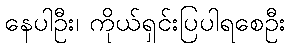
နေပါဦး၊ ကိုယ်ရှင်းပြပါရစေဦး